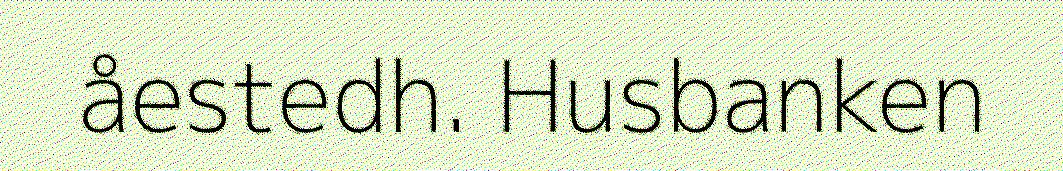
åestedh. Husbanken